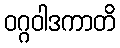
ဝဂ္ဂဝါဒကာတိ